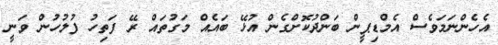
އެހެންނަމަވެސް އެމްޑިޕީން ބަންދުކޮށްގެން އުޅޭ ބައެއް މަގުތައް ރޭ ފަތިހު ފުލުހުން ވަނީ